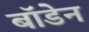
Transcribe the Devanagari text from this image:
बाॅडेन